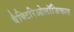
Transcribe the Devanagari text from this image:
बैक्टिरिओलॉजिकल